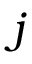
j